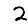
Digit: 2